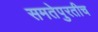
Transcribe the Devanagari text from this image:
समतेपुरतीच